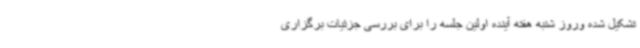
تشکیل شده وروز شنبه هفته آینده اولین جلسه را برای بررسی جزئیات برگزاری